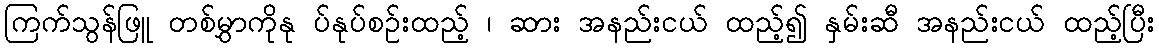
ကြက်သွန်ဖြူ တစ်မွှာကိုနု ပ်နုပ်စဉ်းထည့် ၊ ဆား အနည်းငယ် ထည့်၍ နှမ်းဆီ အနည်းငယ် ထည့်ပြီး